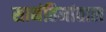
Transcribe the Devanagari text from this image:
सानंतिमांताल